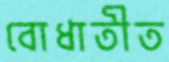
বোধাতীত